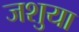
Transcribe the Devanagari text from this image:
जशुया